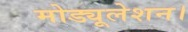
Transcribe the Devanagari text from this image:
मोड्यूलेशन।